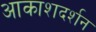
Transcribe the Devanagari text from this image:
आकाशदर्शन